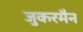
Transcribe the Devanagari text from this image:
जुकरमैन